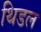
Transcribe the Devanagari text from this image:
थिडल